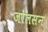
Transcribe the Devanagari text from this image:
जोलसन